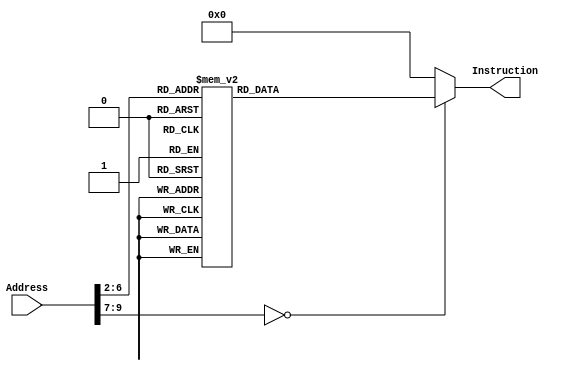
module InstructionMemory(Address, Instruction);
	input [31:0] Address;
	output reg [31:0] Instruction;
	
	always @(*)
		case (Address[9:2])
			// 
			8'd0:    Instruction <= 32'h20040005;
			// 
			8'd1:    Instruction <= 32'h00001026;
			// 
			8'd2:    Instruction <= 32'h0c100004;
			// 
			8'd3:    Instruction <= 32'h1000ffff;
			// 
			8'd4:    Instruction <= 32'h23bdfff8;
			// 
			8'd5:    Instruction <= 32'hafbf0004;
			// 
			// 
			8'd6:    Instruction <= 32'hafa40000;
			// 
			8'd7:    Instruction <= 32'h28880001;
			// 
			8'd8:    Instruction <= 32'h11000002;
			// 
			8'd9:    Instruction <= 32'h23bd0008;
			// 
			8'd10:   Instruction <= 32'h03e00008;
			// 
			// 
			8'd11:   Instruction <= 32'h00821020;

            8'd12:   Instruction <= 32'h2084ffff;

            8'd13:   Instruction <= 32'h0c100004;

            8'd14:   Instruction <= 32'h8fa40000;

            8'd15:   Instruction <= 32'h8fbf0004;

            8'd16:   Instruction <= 32'h23bd0008;

            8'd17:   Instruction <= 32'h00821020;

            8'd18:   Instruction <= 32'h03e00008;
			
			default: Instruction <= 32'h00000000;
		endcase
		
endmodule